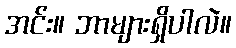
အင်း။ ဘာများရှိပါလဲ။